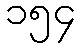
၁၅၄